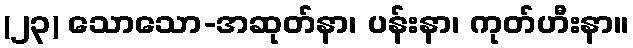
(၂၃) သောသော-အဆုတ်နာ၊ ပန်းနာ၊ ကုတ်ဟီးနာ။